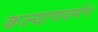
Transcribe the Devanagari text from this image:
कल्याणवर्मन